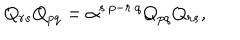
Q _ { r s } Q _ { p q } = \alpha ^ { s \cdot p - r \cdot q } Q _ { p q } Q _ { r s } ,